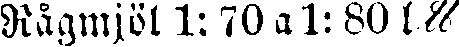
Rågmjöl 1:70 a 1: 80 l%